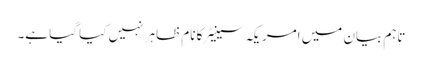
تاہم بیان میں امریکہ سینیٹر کا نام ظاہر نہیں کیا گیا ہے۔